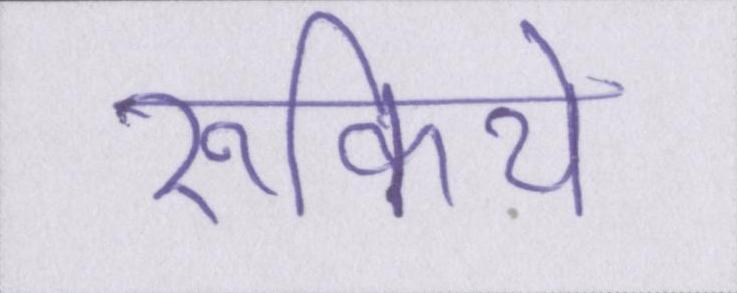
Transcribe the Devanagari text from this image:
रुकिये